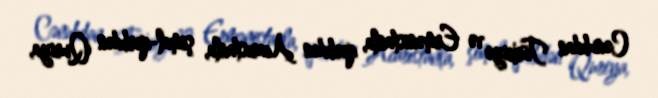
Cənubdan Türkiyə və Ermənistanla, qərbdən Acarıstanla, şimal-qərbdən Quriya,